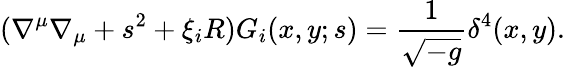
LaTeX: (\nabla^{\mu}\nabla_{\mu}+s^{2}+\xi_{i}R)G_{i}(x,y;s)=\frac{1}{\sqrt{-g}}\delta^{4}(x,y).